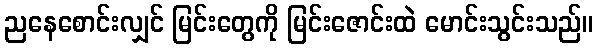
ညနေစောင်းလျှင် မြင်းတွေကို မြင်းဇောင်းထဲ မောင်းသွင်းသည်။